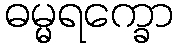
ဓမ္မရက္ခော